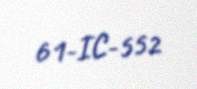
61-IC-552